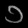
Digit: ၁